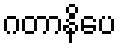
ဂတာနိပေ